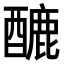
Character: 𨢷